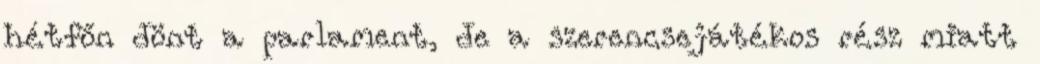
hétfőn dönt a parlament, de a szerencsejátékos rész miatt